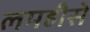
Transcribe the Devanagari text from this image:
लमहीसे